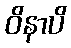
ဝိနာပိ